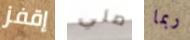
إقفز صلي ربما